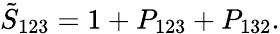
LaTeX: \tilde{S}_{123}=1+P_{123}+P_{132}.